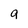
Character: g